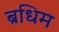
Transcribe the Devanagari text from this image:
ब्रधिम